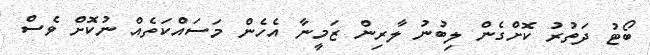
ބޯޓު ދަތުރު ކޮށްގެން ލިބުނު ލާރިން ޒަމީނާ އެހެން މަސައްކަތެއް ނުކޮށް ވެސް